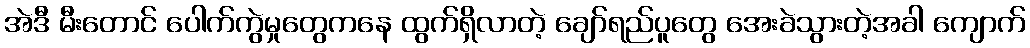
အဲဒီ မီးတောင် ပေါက်ကွဲမှုတွေကနေ ထွက်ရှိလာတဲ့ ချော်ရည်ပူတွေ အေးခဲသွားတဲ့အခါ ကျောက်